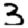
Digit: 3